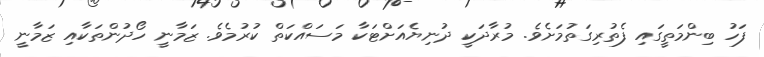
ފަހު ބިންމަތީގައި ފެތުރިގަތުމަށެވެ. މުރާދަކީ ދުނިޔެއަށްޓަކާ މަސައްކަތް ކުރުމެވެ. ޒަމާނީ ހޯދުންތަކާއި ޒަމާނީ